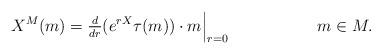
LaTeX: \begin{align*}X^M(m) = \tfrac{d}{dr} (e^{rX} \tau(m)) \cdot m \Big|_{r=0} && m \in M.\end{align*}